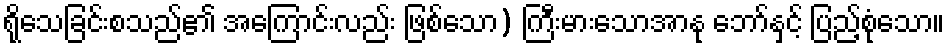
ရိုသေခြင်းစသည်၏ အကြောင်းလည်း ဖြစ်သော) ကြီးမားသောအာနု ဘော်နှင့် ပြည့်စုံသော။